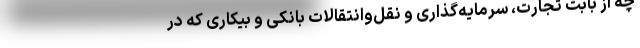
چه از بابت تجارت، سرمایه‌گذاری و نقل‌وانتقالات بانکی و بیکاری که در